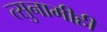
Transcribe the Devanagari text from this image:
त्सुनामीही